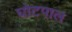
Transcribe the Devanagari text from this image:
घोटपाल